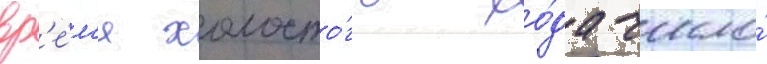
вр'е́м'я холосто́го хо́да число́